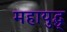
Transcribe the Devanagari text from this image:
महायुद्ध्